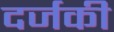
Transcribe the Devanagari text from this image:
दर्जकी